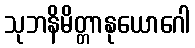
သုဘနိမိတ္တာနုယောဂေါ